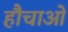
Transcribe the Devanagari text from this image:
हौचाओ